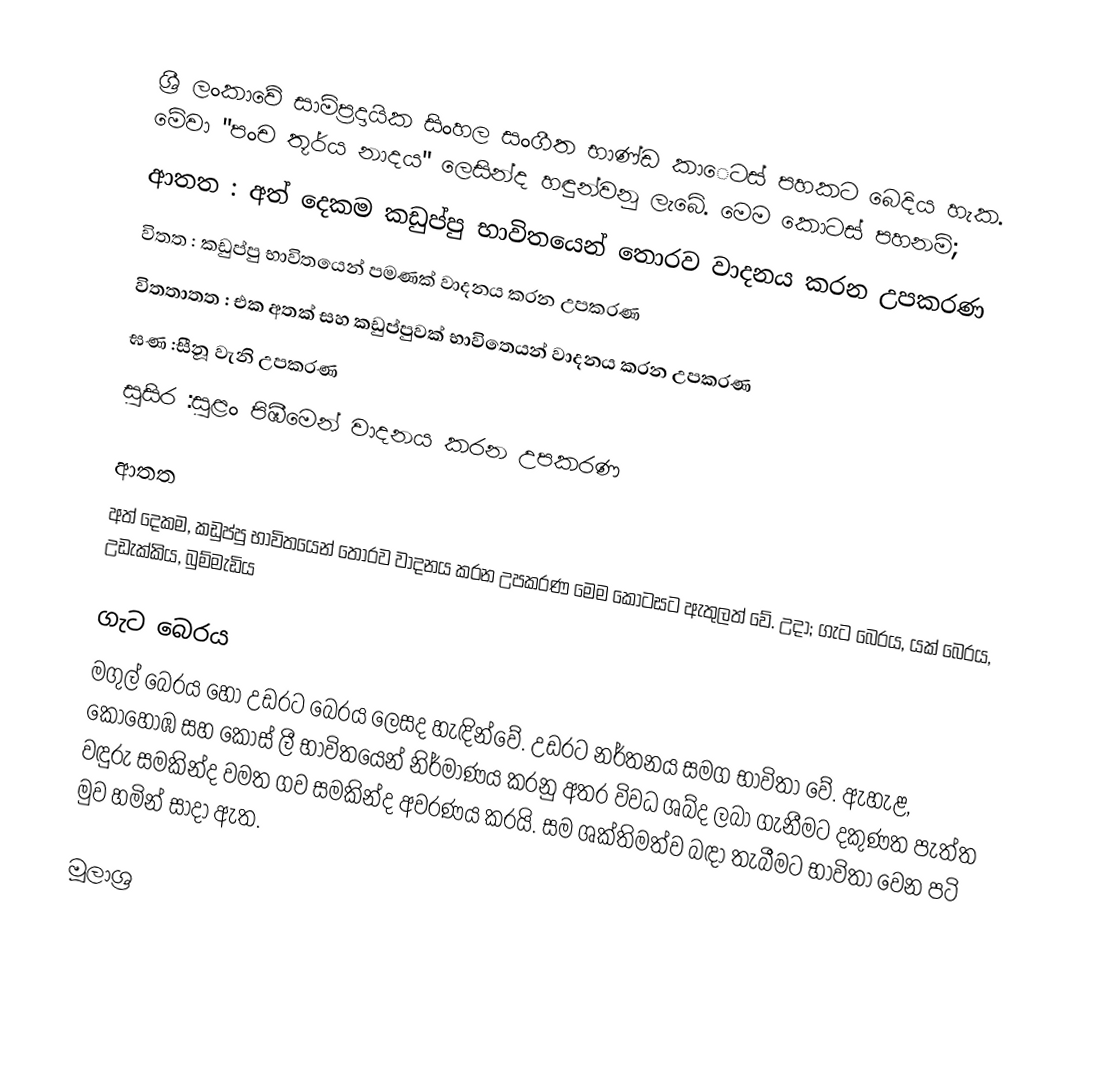
ශ්‍රී ලංකාවේ  සාම්ප්‍රදායික සිංහල සංගීත භාණ්ඩ කාෙටස් පහකට බෙදිය හැක. මේවා "පංච තූර්ය නාදය" ලෙසින්ද හඳුන්වනු ලැබේ. මෙම කොටස් පහනම්;
 ආතත : අත් දෙකම කඩුප්පු භාවිතයෙන් තොරව වාදනය කරන උපකරණ
 විතත   : කඩුප්පු භාවිතයෙන් පමණක් වාදනය කරන උපකරණ
 විතතාතත : එක අතක් සහ කඩුප්පුවක් භාවිතෙයන් වාදනය කරන උපකරණ
 ඝණ          :සීනූ වැනි උපකරණ
 සුසිර          :සුළං පිඹීමෙන් වාදනය කරන උපකරණ

ආතත
අත් දෙකම, කඩුප්පු භාවිතයෙන් තොරව වාදනය කරන උපකරණ මෙම කොටසට ඇතුලත් වේ. උදා; ගැට බෙරය, යක් බෙරය, උඩැක්කිය, බුම්මැඩිය

ගැට බෙරය
මගුල් බෙරය හෝ උඩරට බෙරය ලෙසද හැඳින්වේ. උඩරට නර්තනය සමග භාවිතා වේ. ඇහැළ, කොහොඹ සහ කොස් ලී භාවිතයෙන් නිර්මාණය කරනු අතර විවධ ශබ්ද ලබා ගැනීමට දකුණත පැත්ත වඳුරු සමකින්ද වමත ගව සමකින්ද අවරණය කරයි. සම ශක්තිමත්ව බඳා තැබීමට භාවිතා වෙන පටි මුව හමින් සාදා ඇත.

මූලාශ්‍ර